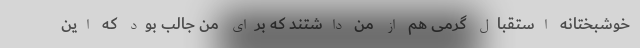
خوشبختانه استقبال گرمی هم از من داشتند که برای من جالب بود که این